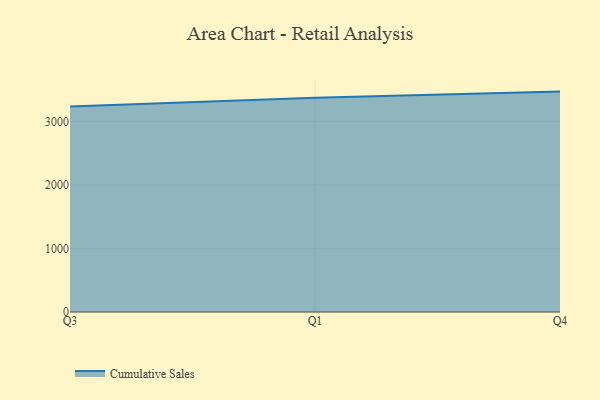
{"axis": {"x": "Quarter", "y": "Customer Acquisition Cost (USD)"}, "legend": ["Cumulative Sales"], "data": [{"x": "Q3", "y": 3232.9, "type": "Cumulative Sales"}, {"x": "Q1", "y": 3371.8, "type": "Cumulative Sales"}, {"x": "Q4", "y": 3468.6, "type": "Cumulative Sales"}]}